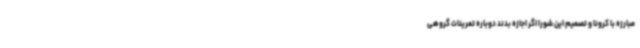
مبارزه با کرونا و تصمیم این شورا اگر اجازه بدند دوباره تمرینات گروهی